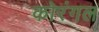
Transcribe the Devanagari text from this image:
कोरंगल